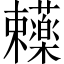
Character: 𬟥